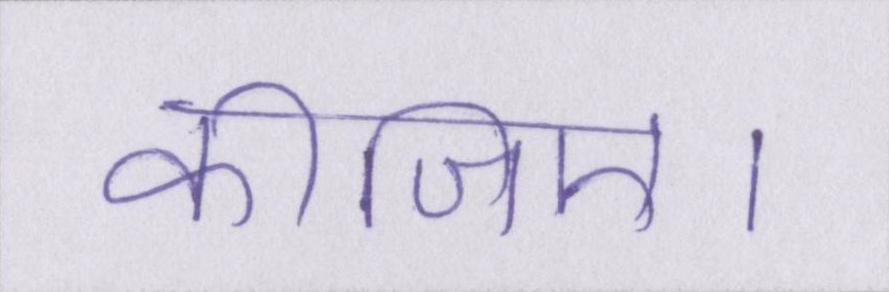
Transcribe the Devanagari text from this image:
कीजिए।